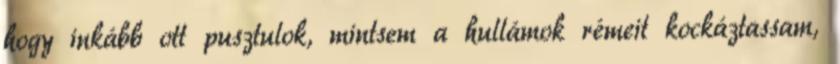
hogy inkább ott pusztulok, mintsem a hullámok rémeit kockáztassam,